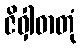
ဇိဝှါဓာတုံ